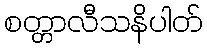
စတ္တာလီသနိပါတ်